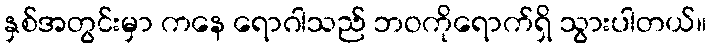
နှစ်အတွင်းမှာ ကနေ ရောဂါသည် ဘဝကိုရောက်ရှိ သွားပါတယ်။